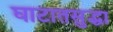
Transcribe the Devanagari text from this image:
घाटातसुद्धा